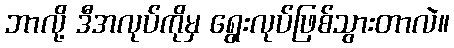
ဘာလို့ ဒီအလုပ်ကိုမှ ရွေးလုပ်ဖြစ်သွားတာလဲ။